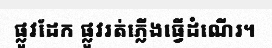
ផ្លូវដែក ផ្លូវរត់ភ្លើងធ្វើដំណើរ។